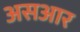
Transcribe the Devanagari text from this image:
असआर